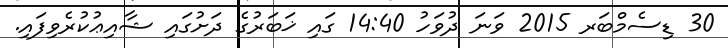
30 ޑިސެމްބަރ 2015 ވަނަ ދުވަހު 14:40 ގައި ޚަބަރުގެ ދަށުގައި ޝާއިޢުކުރެވިފައި.